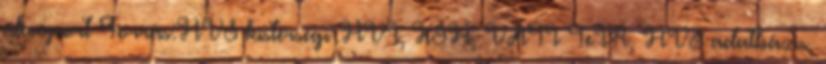
alcsoport Forrás:HVS kistérségi HVI, KSH, VÁTI TeIR, HVS adatbázis,